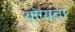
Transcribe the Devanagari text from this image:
योग्यतां